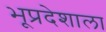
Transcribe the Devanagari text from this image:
भूप्रदेशाला